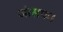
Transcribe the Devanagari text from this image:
जोसफ।